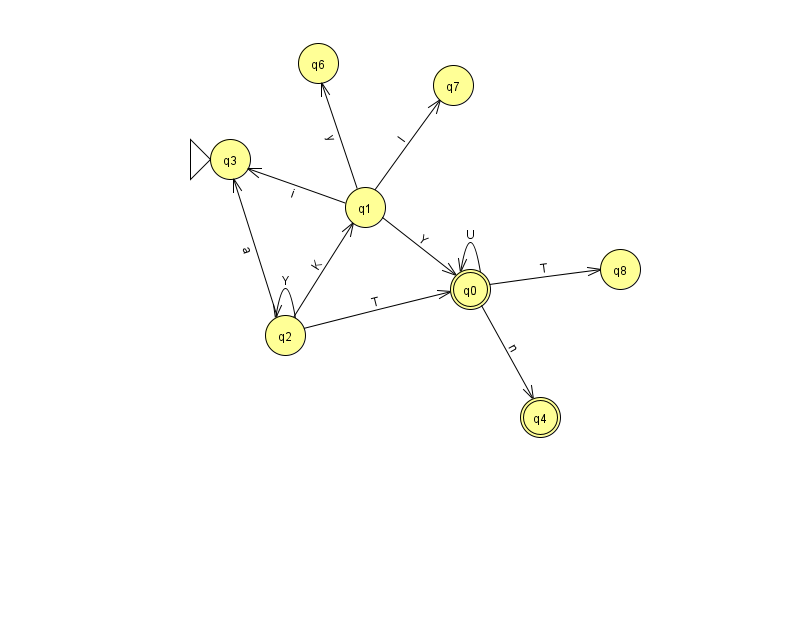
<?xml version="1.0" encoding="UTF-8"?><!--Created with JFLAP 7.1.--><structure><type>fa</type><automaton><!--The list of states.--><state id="0" name="q0"><x>470.0</x><y>276.0</y><final/></state><state id="1" name="q1"><x>365.0</x><y>194.0</y></state><state id="2" name="q2"><x>285.0</x><y>322.0</y></state><state id="3" name="q3"><x>230.0</x><y>146.0</y><initial/></state><state id="4" name="q4"><x>540.0</x><y>404.0</y><final/></state><state id="6" name="q6"><x>318.0</x><y>50.0</y></state><state id="7" name="q7"><x>453.0</x><y>72.0</y></state><state id="8" name="q8"><x>620.0</x><y>256.0</y></state><!--The list of transitions.--><transition><from>2</from><to>3</to><read>a</read></transition><transition><from>0</from><to>0</to><read>U</read></transition><transition><from>2</from><to>1</to><read>K</read></transition><transition><from>1</from><to>3</to><read>i</read></transition><transition><from>1</from><to>7</to><read>l</read></transition><transition><from>2</from><to>2</to><read>Y</read></transition><transition><from>1</from><to>6</to><read>y</read></transition><transition><from>0</from><to>8</to><read>T</read></transition><transition><from>2</from><to>0</to><read>T</read></transition><transition><from>0</from><to>4</to><read>n</read></transition><transition><from>1</from><to>0</to><read>Y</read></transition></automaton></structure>